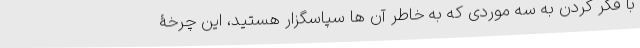
با فکر کردن به سه موردی که به خاطر آن ها سپاسگزار هستید، این چرخۀ